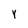
Character: Y